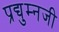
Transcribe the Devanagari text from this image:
प्रद्युम्नजी